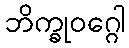
ဘိက္ခုဝဂ္ဂေါ